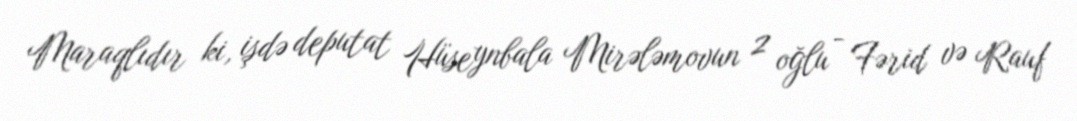
Maraqlıdır ki, işdə deputat Hüseynbala Mirələmovun 2 oğlu - Fərid və Rauf